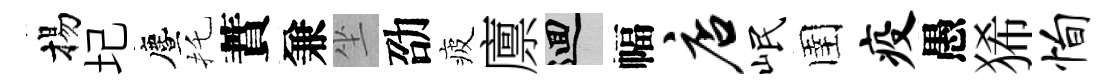
揚圮󵨌托蕡兼坐劭疲廪回幅店岷圉疫愚狶恂